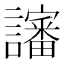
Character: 讅